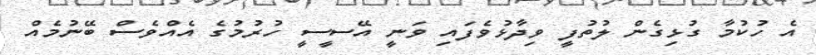
އެ ހުކުމާ ގުޅިގެން ލުތުފީ ވިދާޅުވެފައި ވަނީ އޭސީސީ ހުރުމުގެ އެއްވެސް ބޭނުމެއް